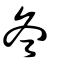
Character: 𠔙